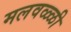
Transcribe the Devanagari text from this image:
मलवळ्ळी